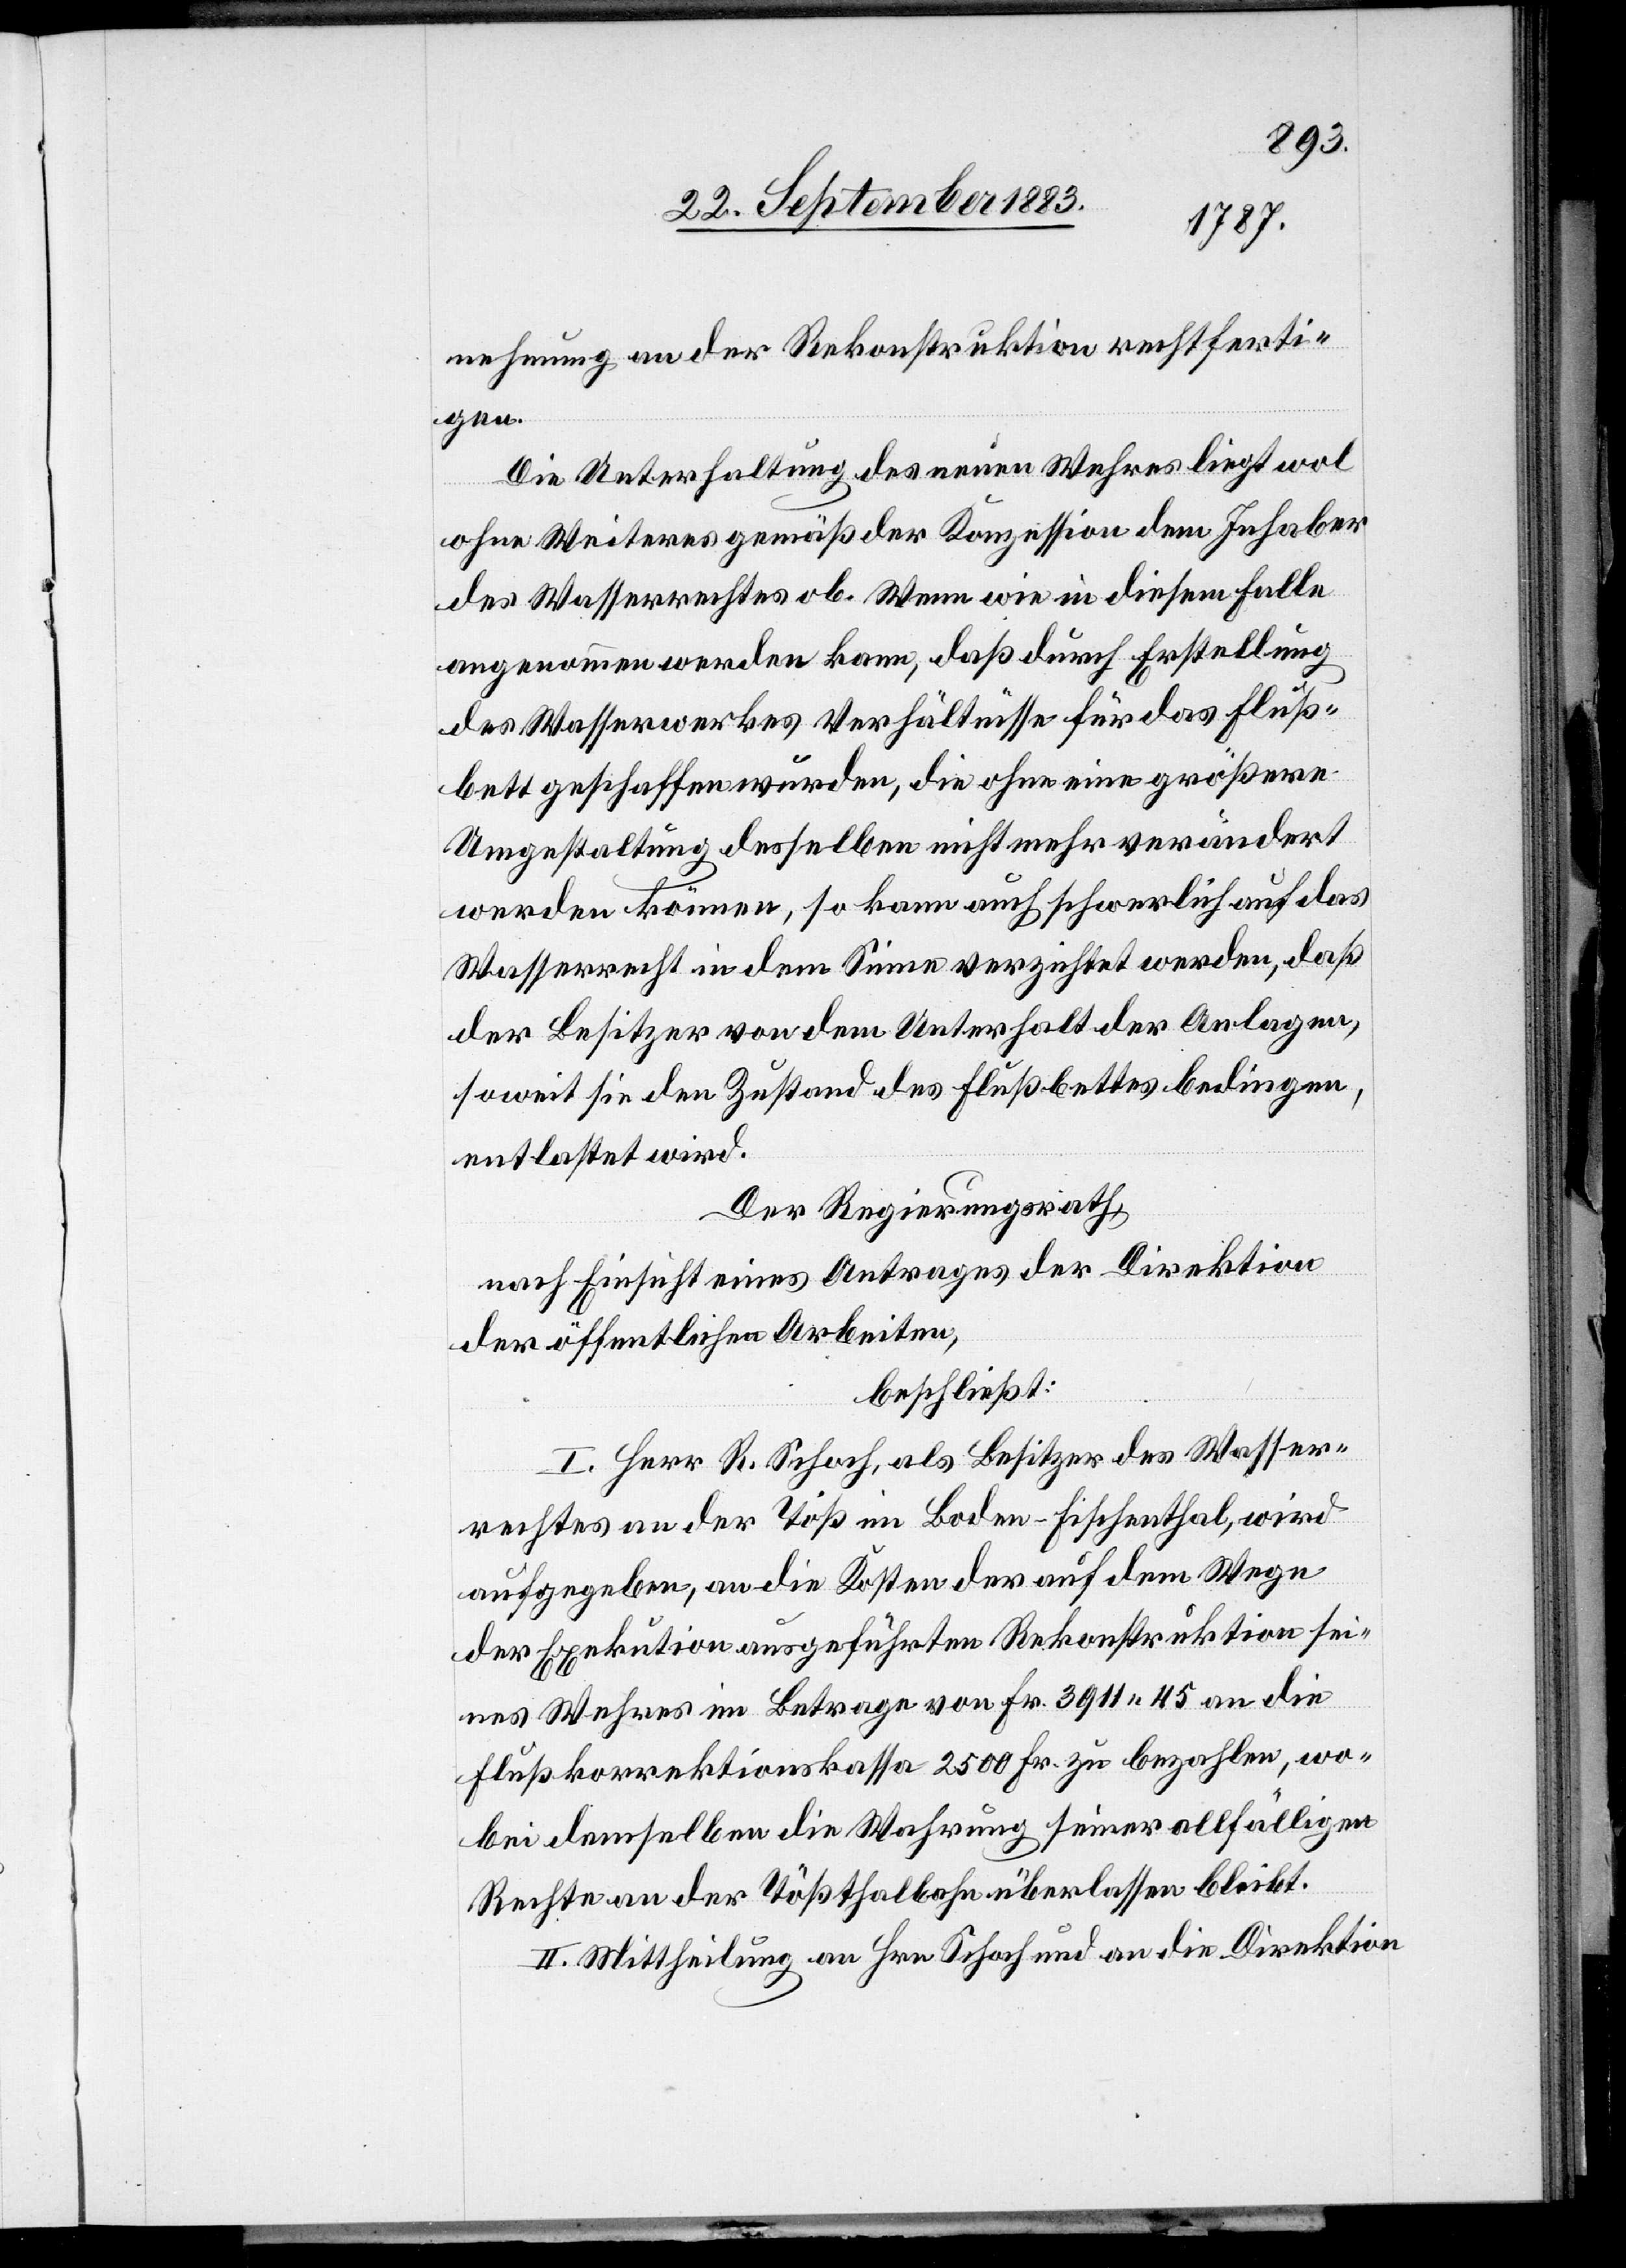
nehmung an der Rekonstruktion rechtferti¬
gen.
Die Unterhaltung des neuen Wehres liegt wol
ohne Weiteres gemäß der Konzession dem Inhaber
des Wasserrechtes ob. Wenn wie in diesem Falle
angenommen werden kann, daß durch Erstellung
des Wasserwerkes Verhältnisse für das Fluß¬
bett geschaffen wurden, die ohne eine größere
Umgestaltung desselben nicht mehr verändert
werden können, so kann auch schwerlich auf das
Wasserrecht in dem Sinne verzichtet werden, daß
der Besitzer von dem Unterhalt der Anlagen,
soweit sie den Zustand des Flußbettes bedingen,
entlastet wird.
Der Regierungsrath,
nach Einsicht eines Antrages der Direktion
der öffentlichen Arbeiten,
beschließt:
I. Herr R. Schoch, als Besitzer des Wasser¬
rechtes an der Töß im Boden - Fischenthal, wird
aufgegeben, an die Kosten der auf dem Wege
der Exekution ausgeführten Rekonstruktion sei¬
nes Wehres im Betrage von Fr. 3911 45 an die
Flußkorrektionskassa 2500 Fr. zu bezahlen, wo¬
bei demselben die Wahrung seiner allfälligen
Rechte an der Tößthalbahn überlassen bleibt.
II. Mittheilung an Hrn. Schoch und an die Direktion